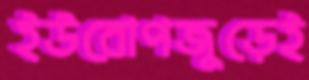
ইউরোপজুড়েই